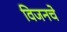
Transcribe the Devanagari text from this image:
विजनचे